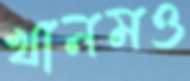
খানমও